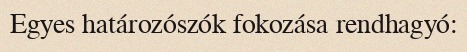
Egyes határozószók fokozása rendhagyó: